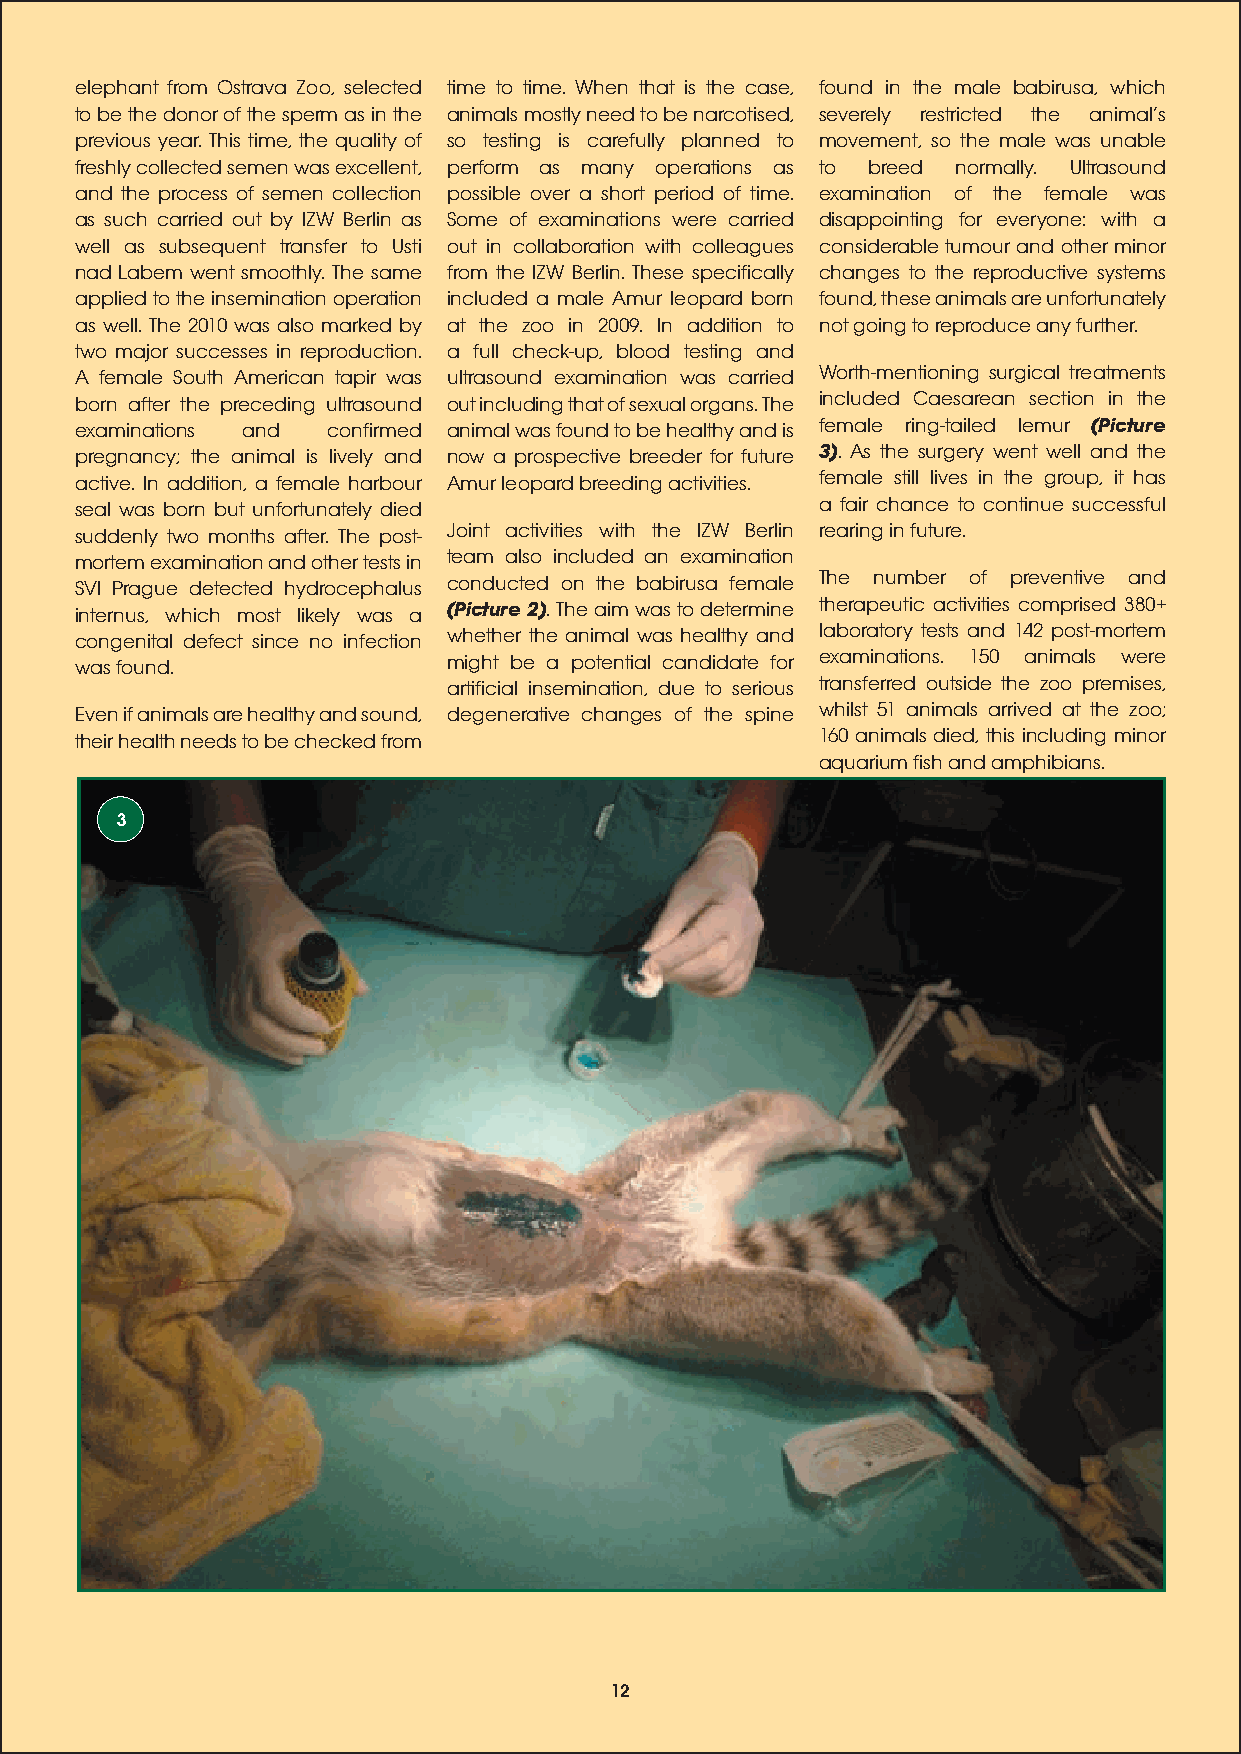
elephant from Ostrava Zoo, selected time to time. When that is the case, found in the male babirusa, which
 to be the donor of the sperm as in the animals mostly need to be narcotised, severely restricted the animals
 previous year. This time, the quality of so testing is carefully planned to movement, so the male was unable
 freshly collected semen was excellent, perform as many operations as to breed normally. Ultrasound
 and the process of semen collection possible over a short period of time. examination of the female was
 as such carried out by IZW Berlin as Some of examinations were carried disappointing for everyone: with a
 well as subsequent transfer to Usti out in collaboration with colleagues considerable tumour and other minor
 nad Labem went smoothly. The same from the IZW Berlin. These specifically changes to the reproductive systems
 applied to the insemination operation included a male Amur leopard born found, these animals are unfortunately
 as well. The 2010 was also marked by at the zoo in 2009. In addition to not going to reproduce any further.
 two major successes in reproduction. a full check-up, blood testing and
 A female South American tapir was ultrasound examination was carried Worth-mentioning surgical treatments
 born after the preceding ultrasound out including that of sexual organs. The included Caesarean section in the
 examinations and confirmed animal was found to be healthy and is female ring-tailed lemur (Picture
 pregnancy; the animal is lively and now a prospective breeder for future 3). As the surgery went well and the
 active. In addition, a female harbour Amur leopard breeding activities. female still lives in the group, it has
 seal was born but unfortunately died             a fair chance to continue successful
 suddenly two months after. The post- Joint activities with the IZW Berlin rearing in future.
 mortem examination and other tests in team also included an examination
 SVI Prague detected hydrocephalus conducted on the babirusa female The number of preventive and
 internus, which most likely was a (Picture 2). The aim was to determine therapeutic activities comprised 380+
 congenital defect since no infection whether the animal was healthy and laboratory tests and 142 post-mortem
 was found.               might be a potential candidate for examinations. 150 animals were
 artificial insemination, due to serious transferred outside the zoo premises,
 Even if animals are healthy and sound, degenerative changes of the spine whilst 51 animals arrived at the zoo;
 their health needs to be checked from            160 animals died, this including minor
 aquarium fish and amphibians.
 3
 12